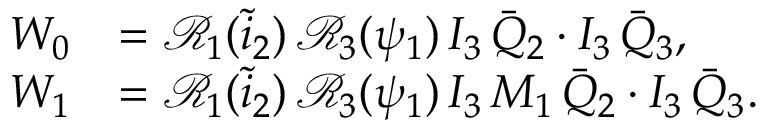
\begin{array} { r l } { W _ { 0 } } & { = \mathcal { R } _ { 1 } ( \tilde { i } _ { 2 } ) \, \mathcal { R } _ { 3 } ( \psi _ { 1 } ) \, I _ { 3 } \, \bar { Q } _ { 2 } \cdot I _ { 3 } \, \bar { Q } _ { 3 } , } \\ { W _ { 1 } } & { = \mathcal { R } _ { 1 } ( \tilde { i } _ { 2 } ) \, \mathcal { R } _ { 3 } ( \psi _ { 1 } ) \, I _ { 3 } \, M _ { 1 } \, \bar { Q } _ { 2 } \cdot I _ { 3 } \, \bar { Q } _ { 3 } . } \end{array}